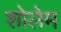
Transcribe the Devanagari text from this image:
शोलेम